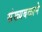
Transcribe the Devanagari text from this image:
संख्यबळाने